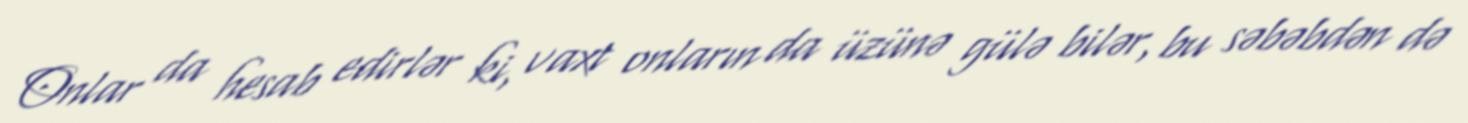
Onlar da hesab edirlər ki, vaxt onların da üzünə gülə bilər, bu səbəbdən də